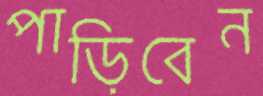
পাড়িবেন